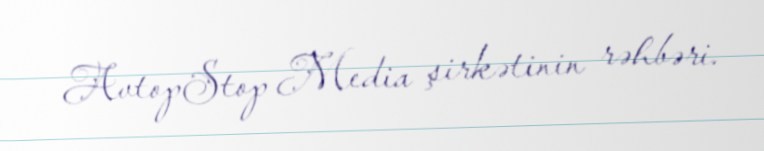
AvtopStop Media şirkətinin rəhbəri.